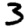
Digit: 3